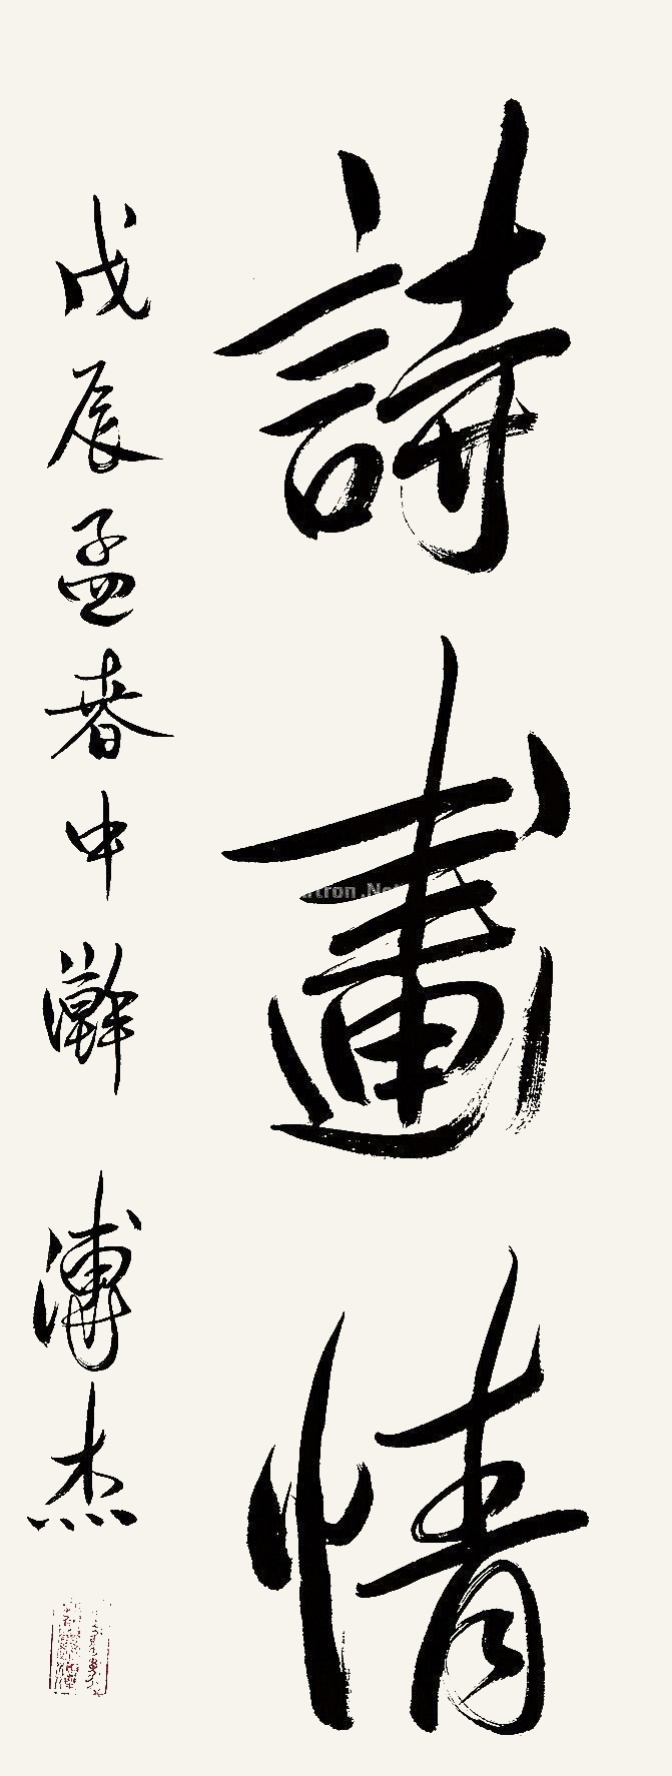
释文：诗画情戊辰孟春中澣溥杰